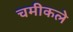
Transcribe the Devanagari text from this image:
चमीकले